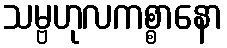
သမ္ဗဟုလကစ္စာနော